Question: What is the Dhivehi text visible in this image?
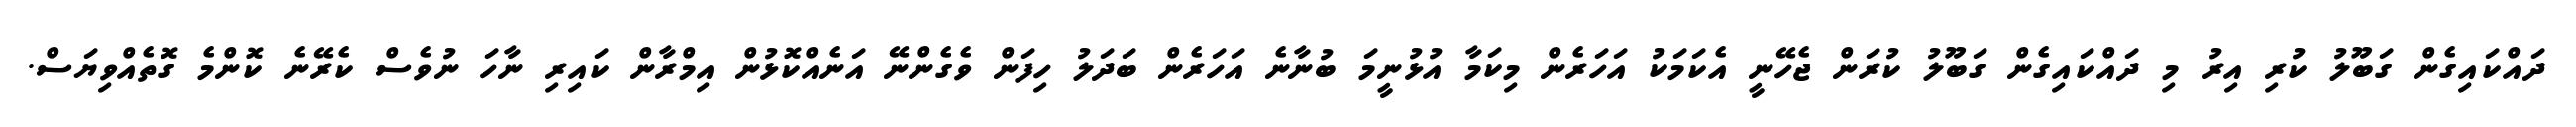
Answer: ދައްކައިގެން ގަބޫލު ކުރި އިރު މި ދައްކައިގެން ގަބޫލު ކުރަން ޖެހޭނީ އެކަމަކު އަހަރެން މިކަމާ އުޅުނީމަ ބުނާނެ އަހަރެން ބަދަލު ހިފަން ވެގެންނޭ އަނެއްކޮޅުން އިމްރާން ކައިރި ނާހަ ނުވެސް ކެރޭނެ ކޮންމެ ގޮތެއްވިޔަސް.